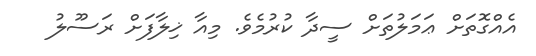
އެއްގޮތަށް ޢަމަލުތަށް ސީދާ ކުރުމެވެ. މިއާ ޚިލާފަށް ރަސޫލު